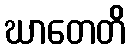
ဃာတေတိ